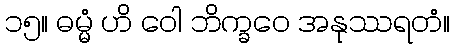
၁၅။ ဓမ္မံ ဟိ ဝေါ ဘိက္ခဝေ အနုဿရတံ။